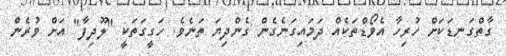
ގާތްގަނޑަކަށް ހުރިހާ އެވޯޑްތަކެއް ދަމައިގަނެގެން ގެންދިޔަ ތަނެވެ. ހަގީގަތަކީ "ލޫދިފާ" އަށް ވުރެން